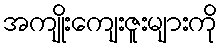
အကျိုးကျေးဇူးများကို